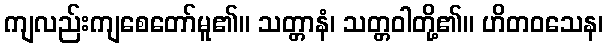
ကျလည်းကျစေတော်မူ၏။ သတ္တာနံ၊ သတ္တဝါတို့၏။ ဟိတဝသေန၊